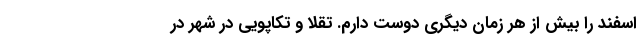
اسفند را بیش از هر زمان دیگری دوست دارم. تقلا و تکاپویی در شهر در